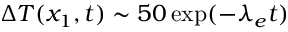
\Delta T ( x _ { 1 } , t ) \sim 5 0 \exp ( - \lambda _ { e } t )